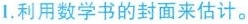
1.利用数学书的封面来估计。